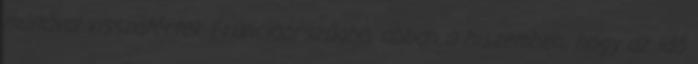
múltával visszatértek Franciaországba, abban a hiszemben, hogy az idő